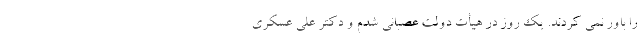
را باور نمی کردند. یک روز در هیأت دولت عصبانی شدم و دکتر علی عسکری